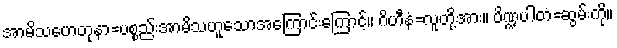
အာမိသဟေတုနာ=ပစ္စည်းအာမိသဟူသောအကြောင်းကြောင့်။ ဂိဟီနံ=လူတို့အား။ ပိဏ္ဍပါတံ=ဆွမ်းကို။